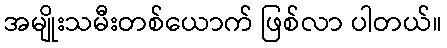
အမျိုးသမီးတစ်ယောက် ဖြစ်လာ ပါတယ်။